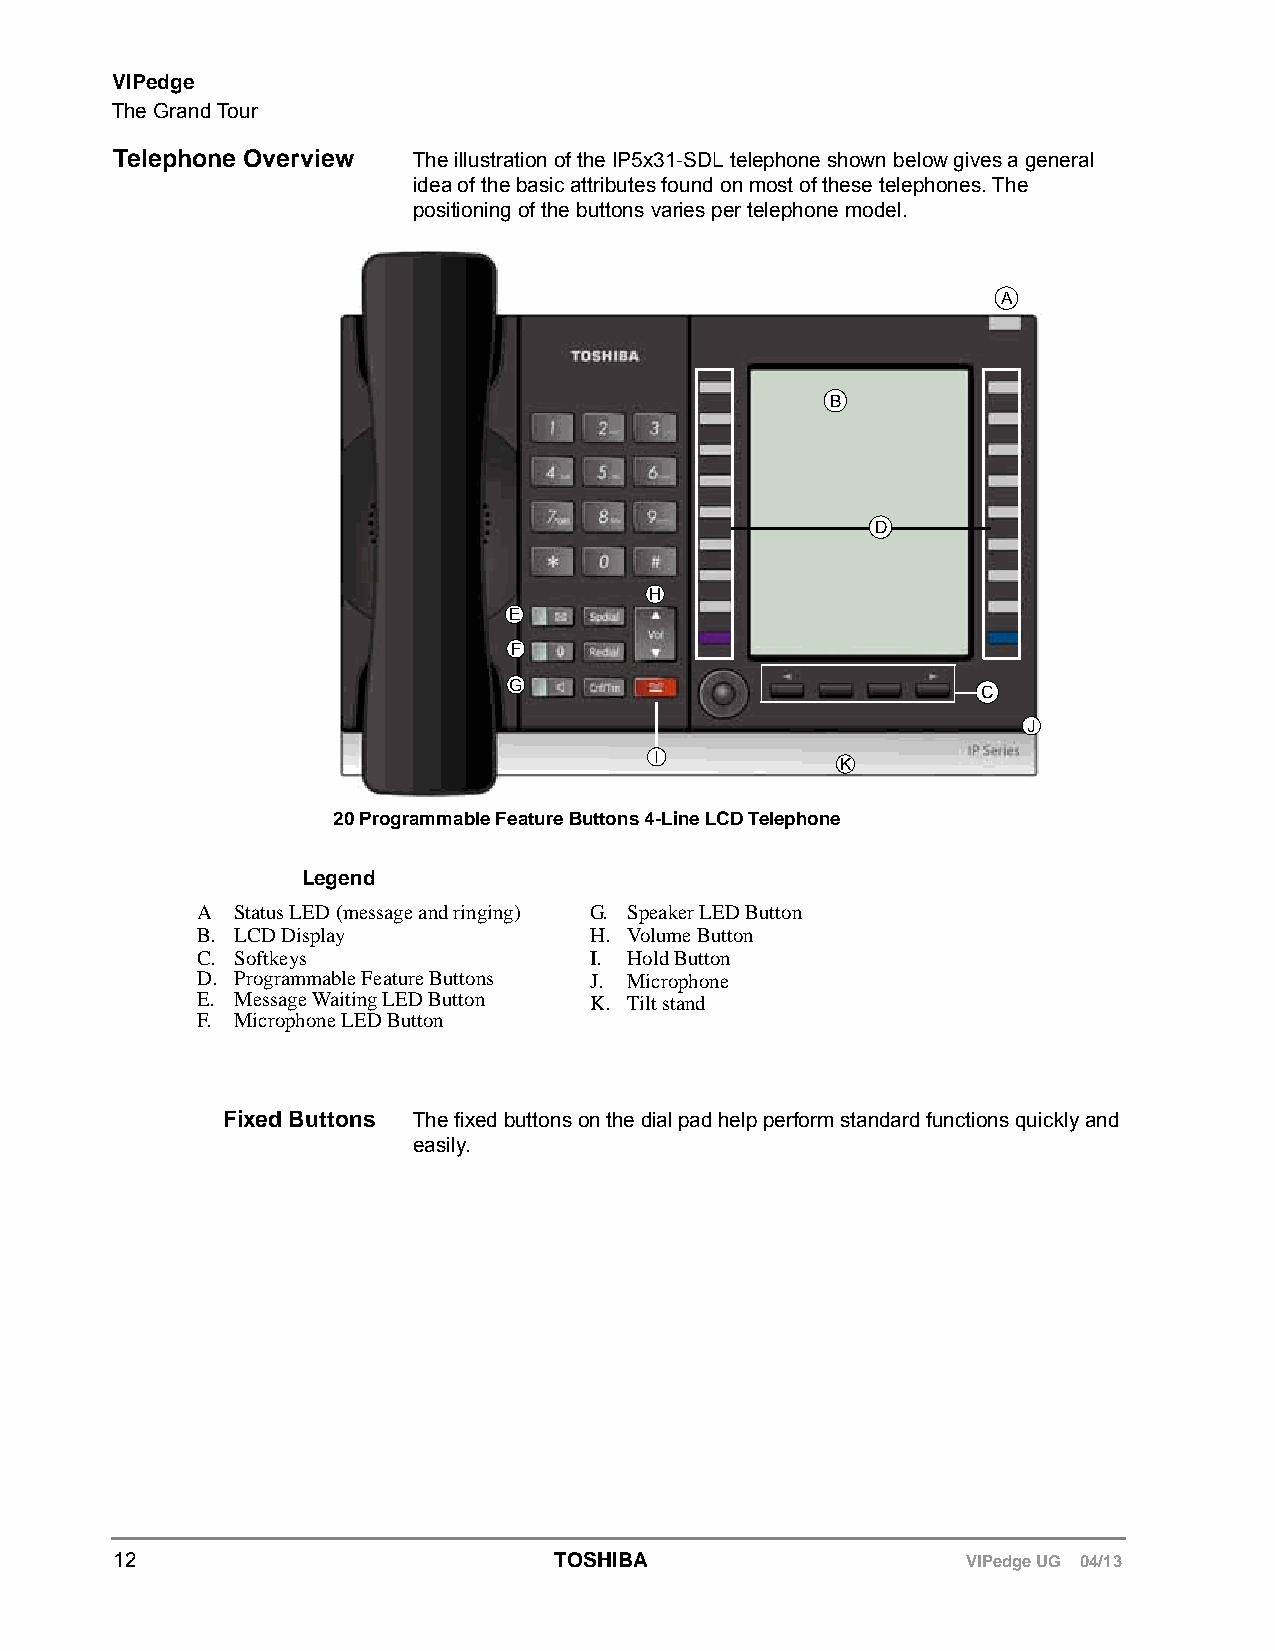
VIPedge
 The Grand Tour
 Telephone Overview The illustration of the IP5x31-SDL telephone shown below gives a general
 idea of the basic attributes found on most of these telephones. The
 positioning of the buttons varies per telephone model.
 A
 B
 D
 H
 E
 F
 G
 C
 J
 I
 K
 20 Programmable Feature Buttons 4-Line LCD Telephone
 Legend
 A  Status LED (message and ringing) G. Speaker LED Button
 B. LCD Display            H. Volume Button
 C. Softkeys               I. Hold Button
 D. Programmable Feature Buttons J. Microphone
 E. Message Waiting LED Button K. Tilt stand
 F. Microphone LED Button
 Fixed Buttons The fixed buttons on the dial pad help perform standard functions quickly and
 easily.
 12                           TOSHIBA                    VIPedge UG 04/13